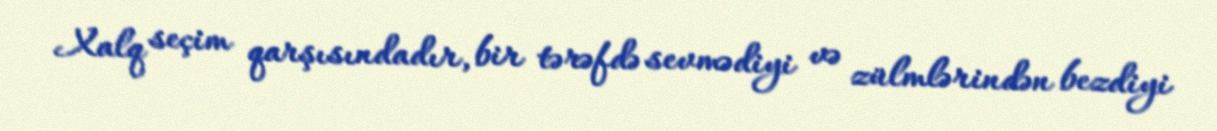
Xalq seçim qarşısındadır, bir tərəfdə sevmədiyi və zülmlərindən bezdiyi